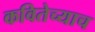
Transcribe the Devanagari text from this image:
कवितेच्याच